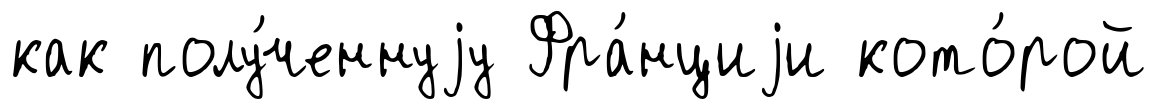
как полу́ченнуjу Фра́нциjи кото́рой